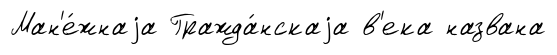
Ман'е́жнаjа Гражда́нскаjа в'ека названа